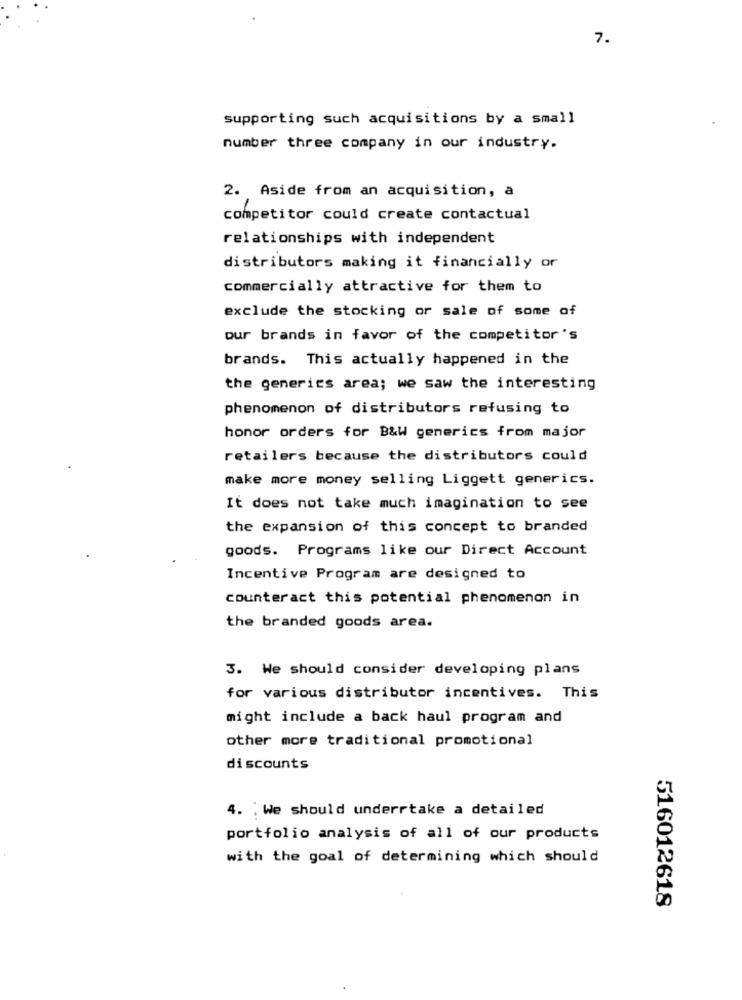
7.
supporting such acquisitions by a small
number three company in our industry.
2. Aside from an acquisition, a
competitor could create contactual
relationships with independent
distributors making it financially or
commercially attractive for them to
exclude the stocking or sale of some of
our brands in favor of the competitor's
brands. This actually happened in the
the generics area; we saw the interesting
phenomenon of distributors refusing to
honor orders for B&W generics from major
retailers because the distributors could
make more money selling Liggett generics.
It does not take much imagination to see
the expansion of this concept to branded
goods. Programs like our Direct Account
Incentive Program are designed to
counteract this potential phenomenon in
the branded goods area.
3. We should consider developing plans
for various distributor incentives. This
might include a back haul program and
other more traditional promotional
discounts
4. We should underrtake a detailed
portfolio analysis of all of our products
with the goal of determining which should
516012618